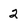
Character: 2